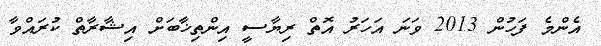
އެންމެ ފަހުން 2013 ވަނަ އަހަރު އޮތް ރިޔާސީ އިންތިޚާބަށް އިޝާރާތް ކުރައްވާ